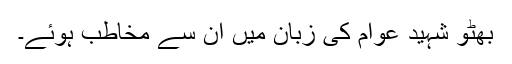
بھٹو شہید عوام کی زبان میں ان سے مخاطب ہوئے۔